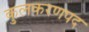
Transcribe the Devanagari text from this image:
कुलकरणपद